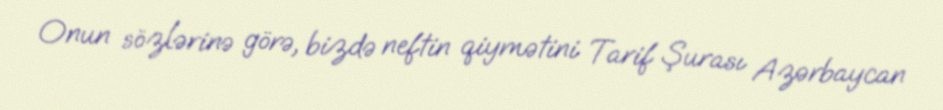
Onun sözlərinə görə, bizdə neftin qiymətini Tarif Şurası Azərbaycan